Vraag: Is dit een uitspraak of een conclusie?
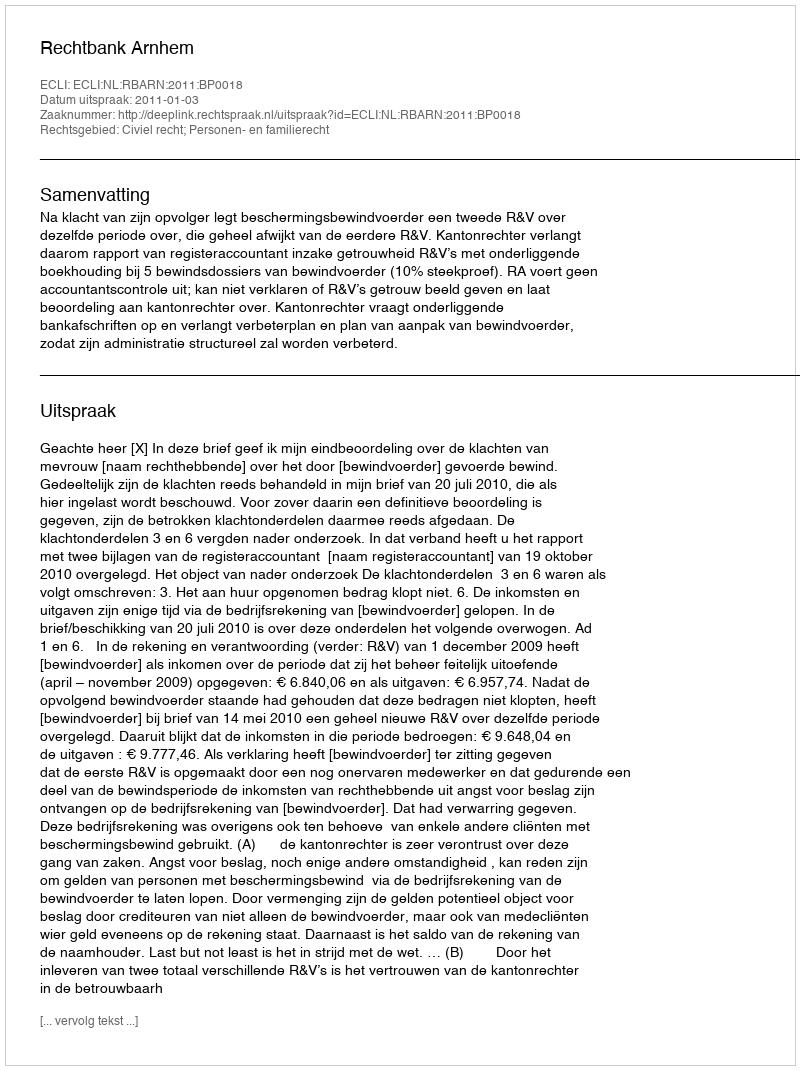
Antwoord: Uitspraak